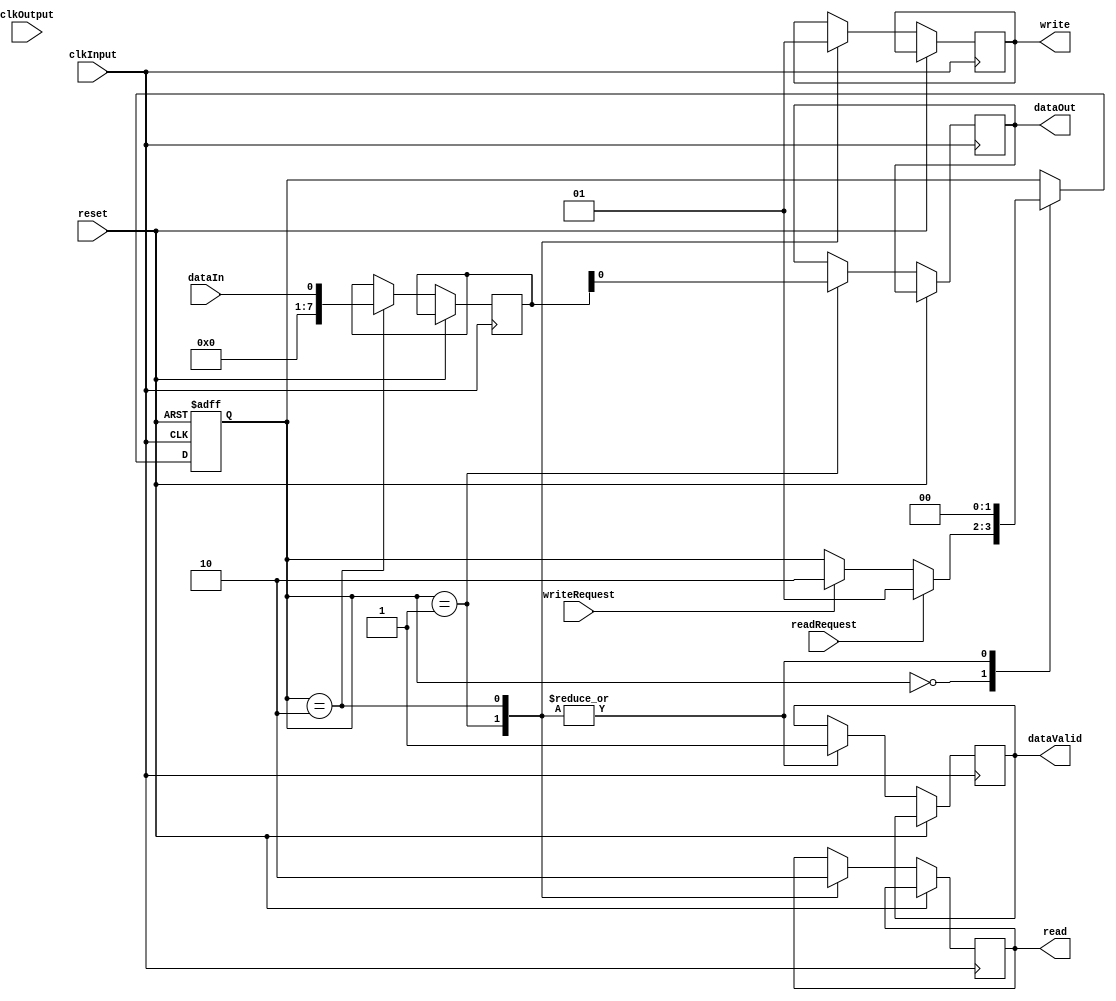
module TimingControl (
    input wire readRequest,
    input wire writeRequest,
    input wire clkInput,
    input wire clkOutput,
    input wire reset,
    input wire dataIn,
    output wire dataOut,
    output wire read,
    output wire write,
    output wire dataValid
);

reg [1:0] state;
reg [7:0] buffer;

always @ (posedge clkInput or posedge reset) begin
    if (reset) begin
        state <= 2'b00;
    end else begin
        case (state)
            2'b00: begin // Idle state
                if (readRequest) begin
                    state <= 2'b01;
                end else if (writeRequest) begin
                    state <= 2'b10;
                end
            end
            2'b01: begin // Read state
                dataOut <= buffer;
                read <= 1;
                write <= 0;
                dataValid <= 1;
                state <= 2'b00;
            end
            2'b10: begin // Write state
                buffer <= dataIn;
                read <= 0;
                write <= 1;
                dataValid <= 1;
                state <= 2'b00;
            end
        endcase
    end
end

endmodule